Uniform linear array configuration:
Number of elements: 64
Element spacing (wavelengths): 0.25
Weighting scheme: binomial
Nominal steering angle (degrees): -45
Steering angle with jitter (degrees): -45.777
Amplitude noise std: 0.05
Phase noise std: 0.05

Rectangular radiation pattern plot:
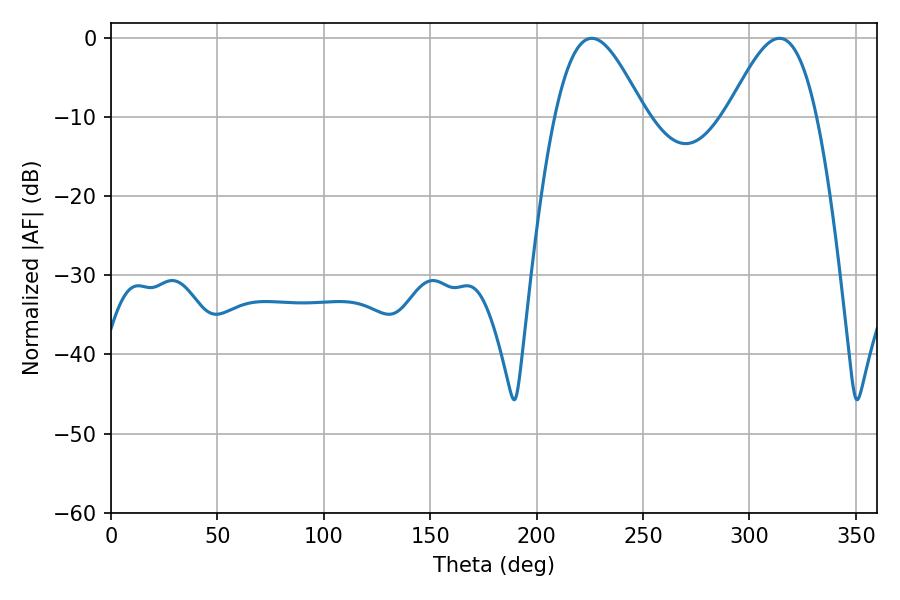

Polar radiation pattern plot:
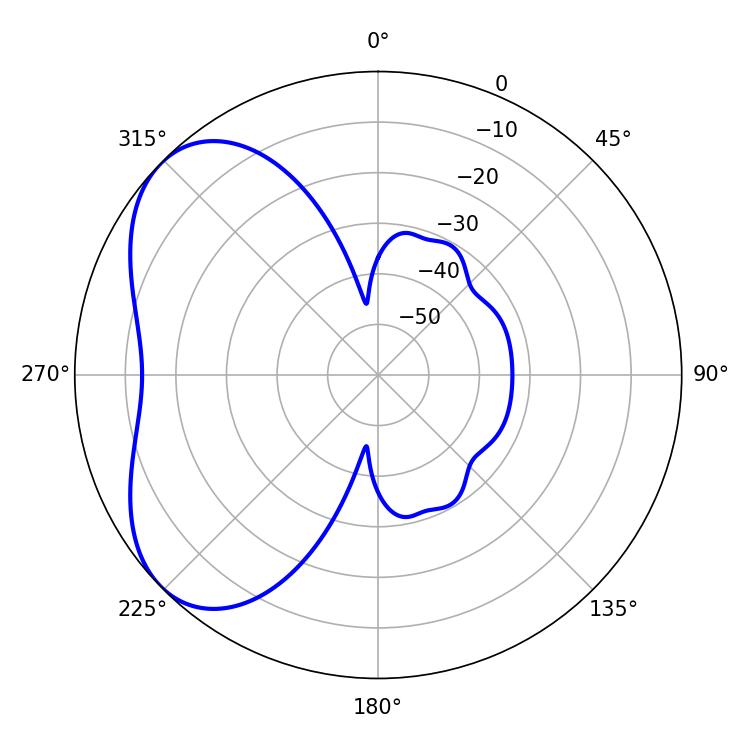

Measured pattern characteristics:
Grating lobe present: FALSE
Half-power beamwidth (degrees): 22.5
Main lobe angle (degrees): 225.9